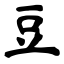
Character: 豆